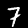
Label: 7